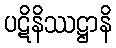
ပဋိနိဿဋ္ဌာနိ